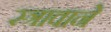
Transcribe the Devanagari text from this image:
स्त्रावाने